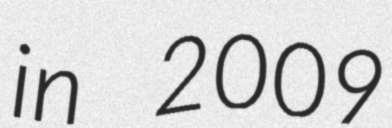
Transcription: in 2009